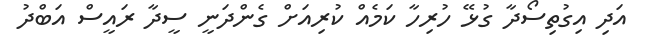
އަދި އިގުތިސޯދާ ގުޅޭ ހުރިހާ ކަމެއް ކުރިއަށް ގެންދަނީ ސީދާ ރައީސް އަބްދު